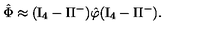
\hat { \Phi } \approx ( \mathrm { I } _ { 4 } - \Pi ^ { - } ) \hat { \varphi } ( \mathrm { I } _ { 4 } - \Pi ^ { - } ) .